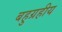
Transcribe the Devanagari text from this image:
बहुग्रहीय